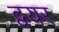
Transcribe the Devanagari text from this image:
द्वयर